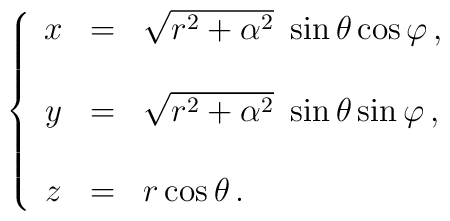
\left\{\begin{array}{ccl}x & = & \sqrt{r^{2}+\alpha^{2}}\ \sin{\theta} \cos{\varphi}\, , \\  &   & \\y & = & \sqrt{r^{2}+\alpha^{2}}\ \sin{\theta} \sin{\varphi}\, , \\    &   & \\z & = & r \cos{\theta}\, . \\\end{array}\right.